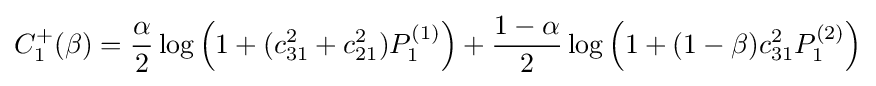
C_{1}^{+}(\beta )={\frac {\alpha }{2}}\log \left(1+(c_{31}^{2}+c_{21}^{2})P_{1}^{(1)}\right)+{\frac {1-\alpha }{2}}\log \left(1+(1-\beta )c_{31}^{2}P_{1}^{(2)}\right)